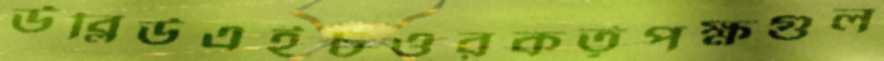
উব্লিউএইচওরকর্তৃপক্ষগুল